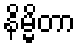
နိမ္မိတာ